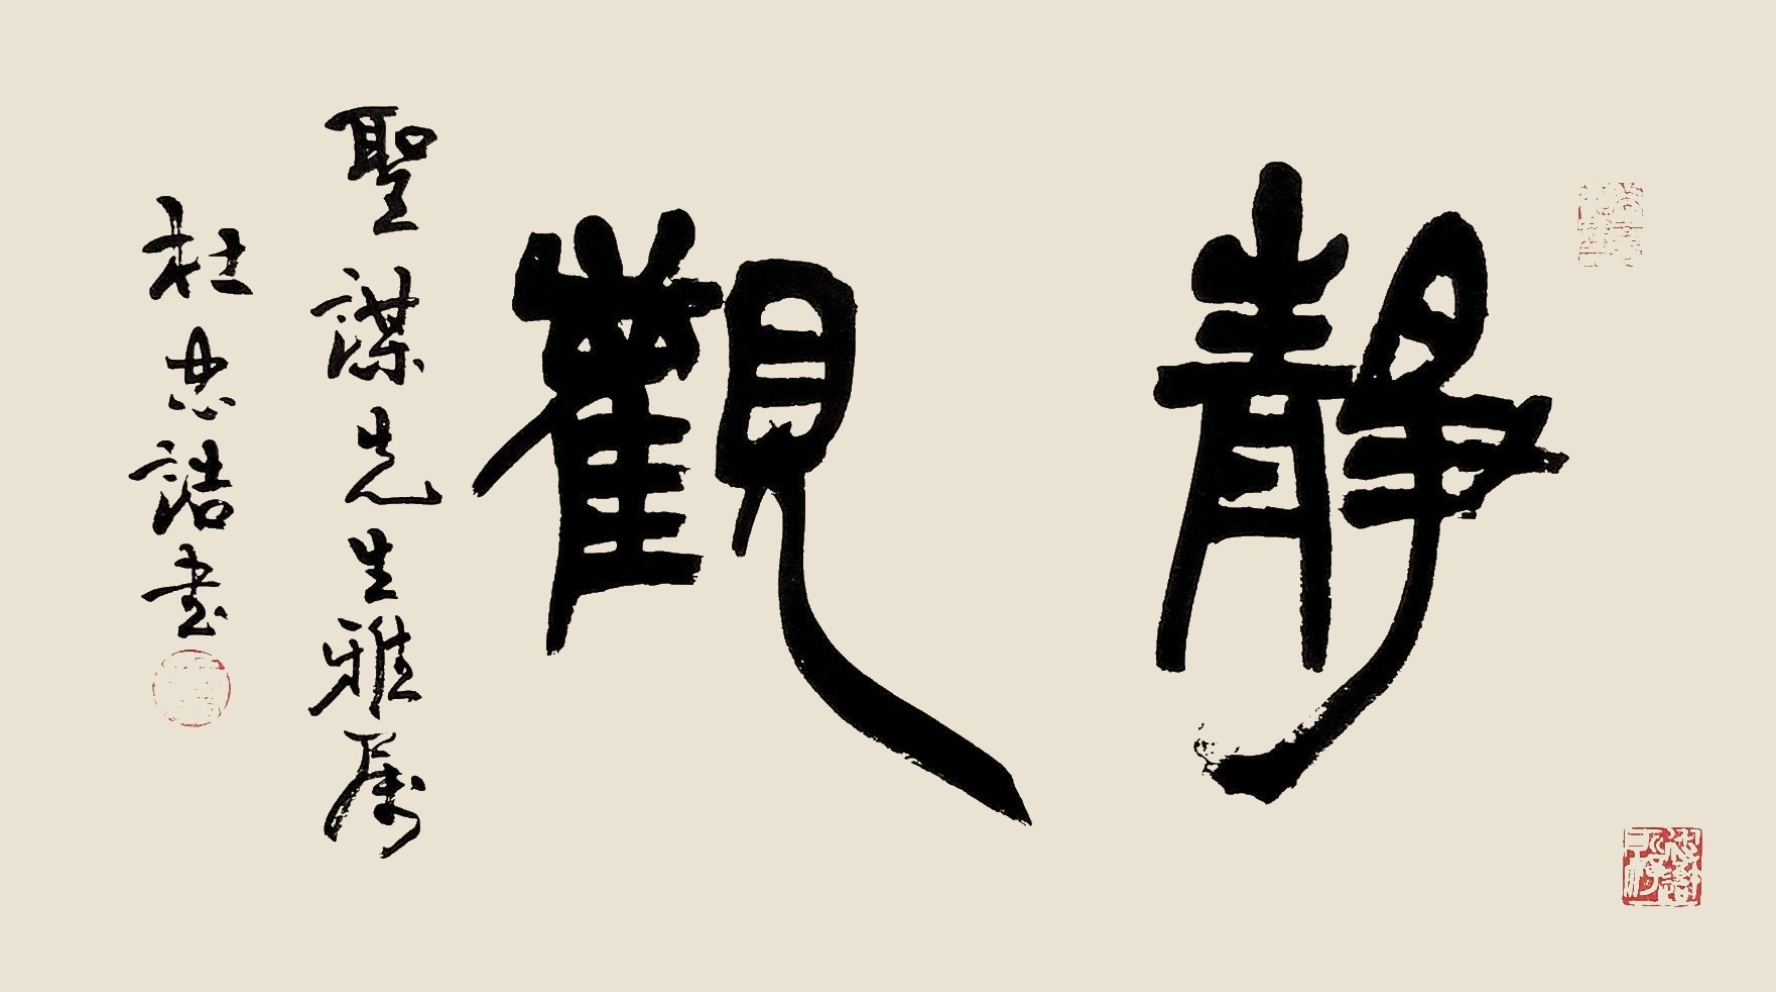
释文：静观圣谋先生雅属，杜忠诰书。